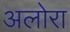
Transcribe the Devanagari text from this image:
अलोरा